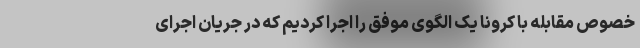
خصوص مقابله با کرونا یک الگوی موفق را اجرا کردیم که در جریان اجرای